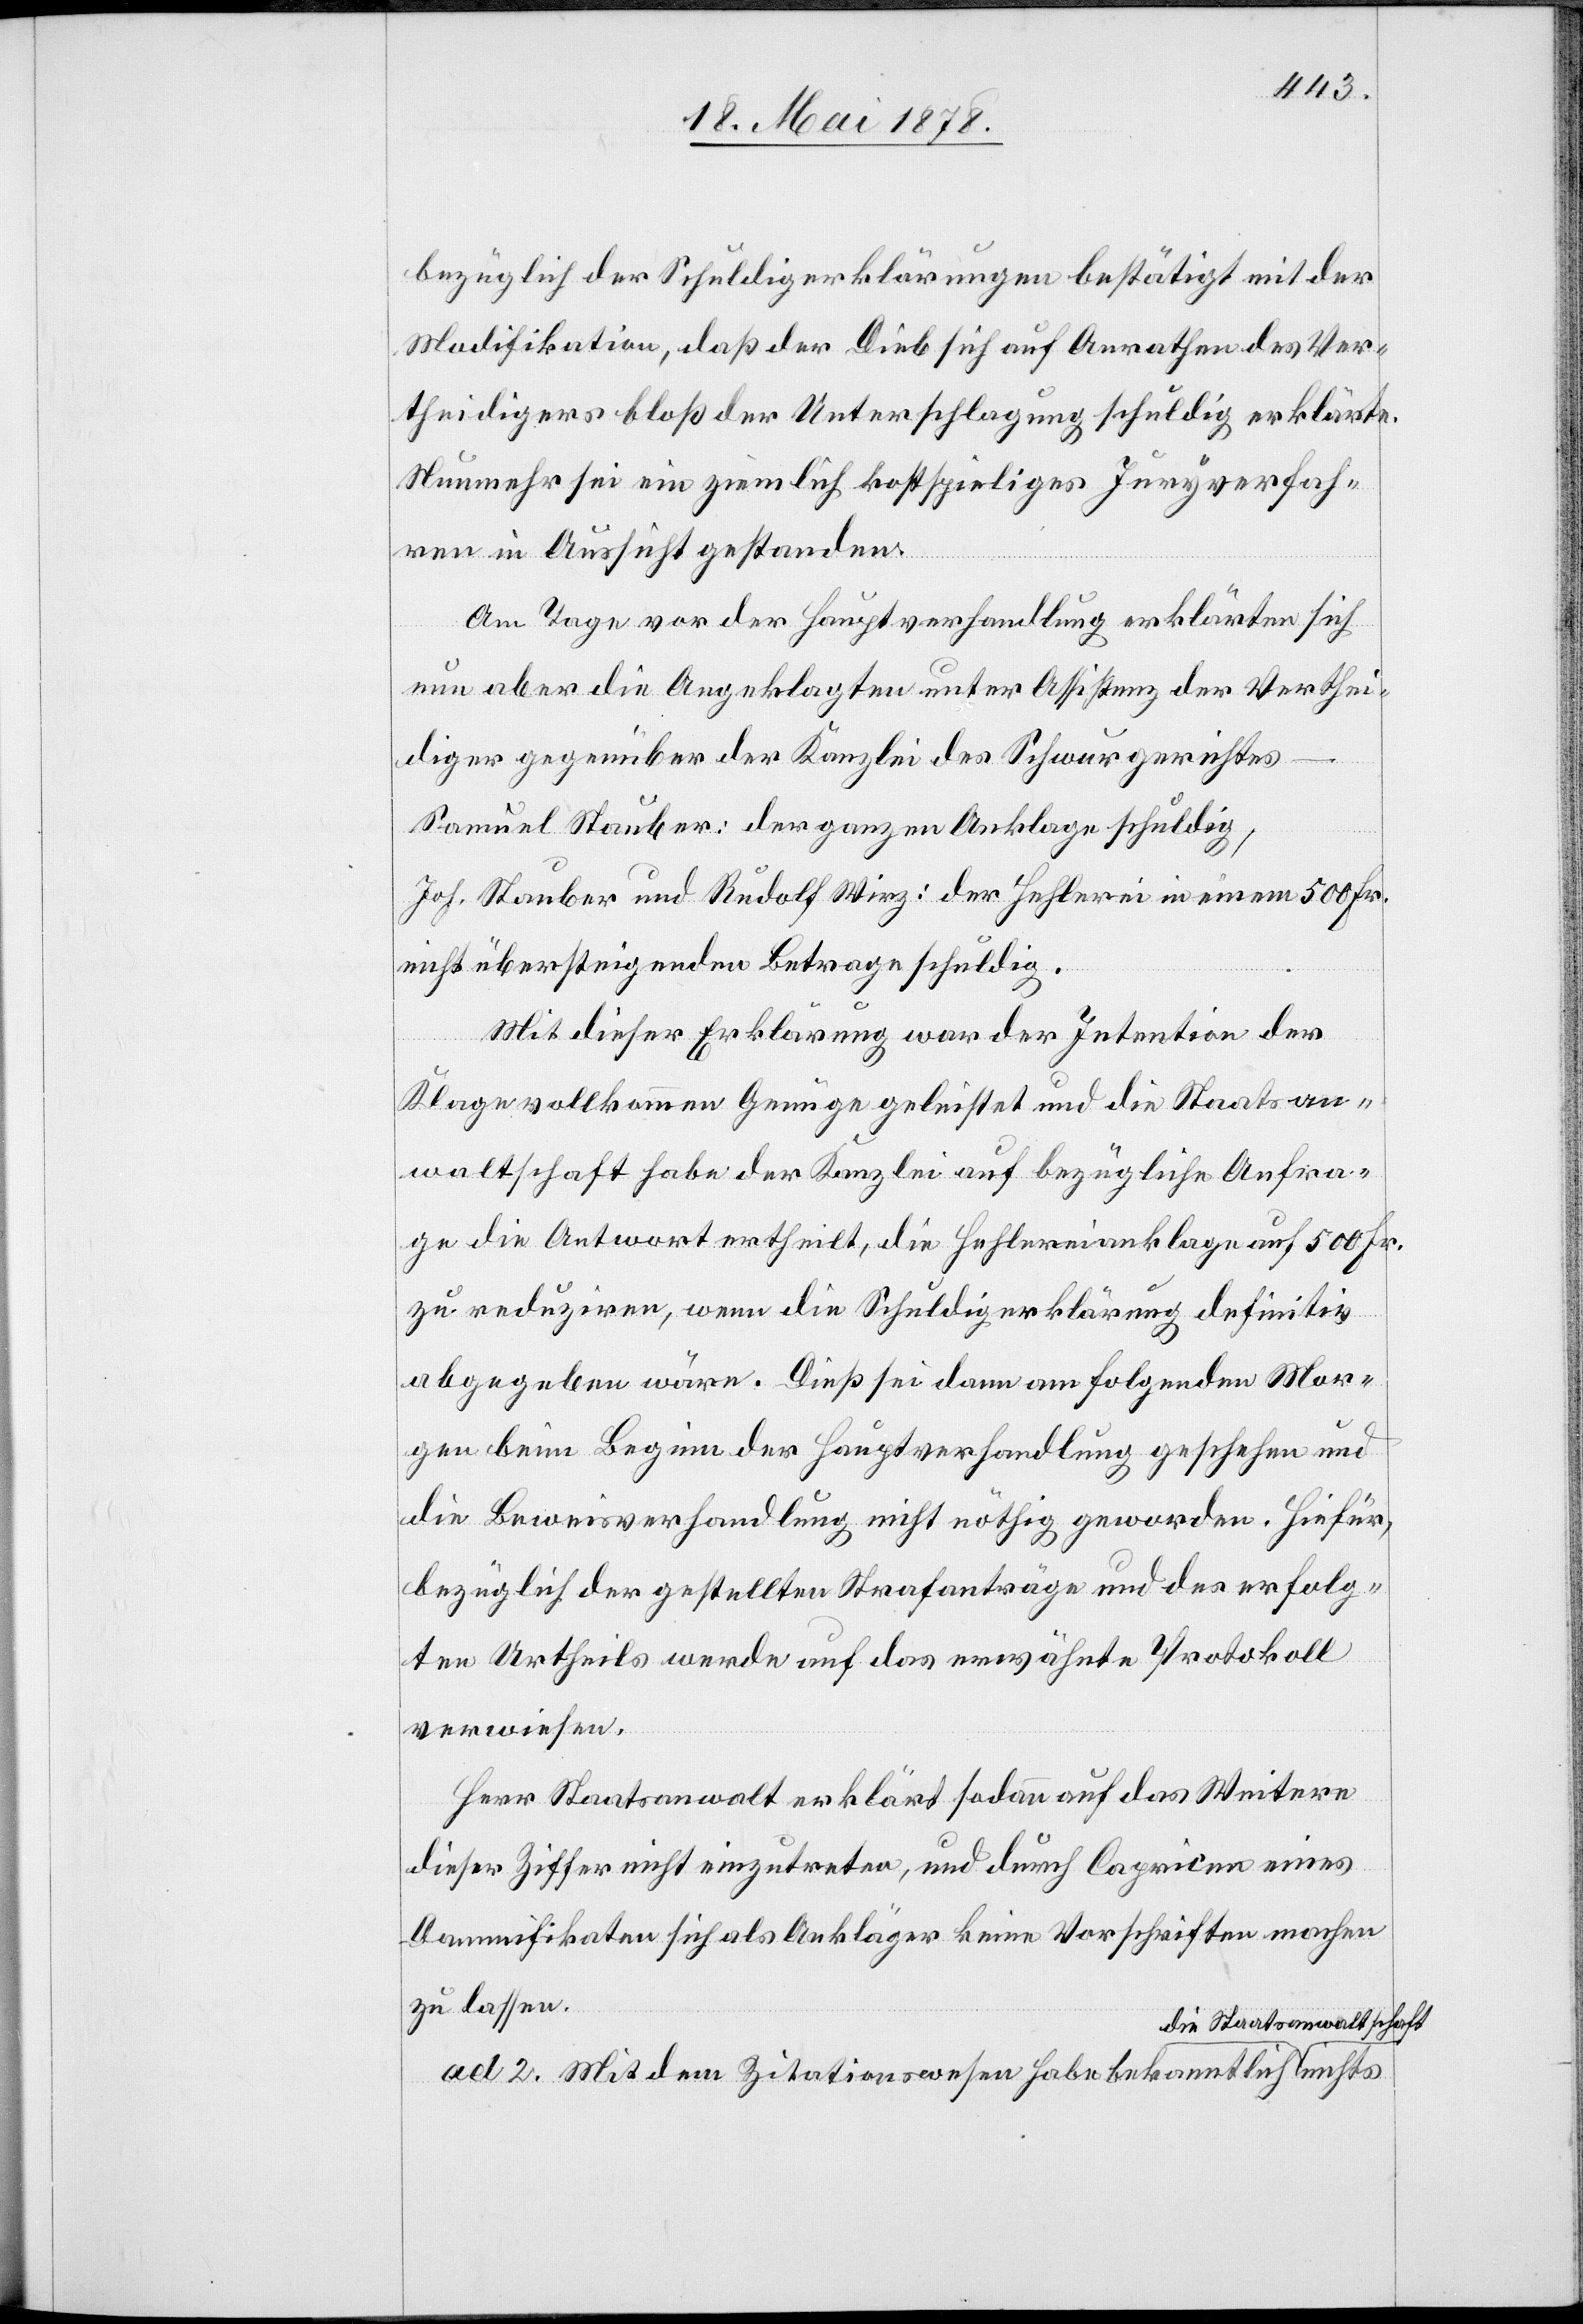
bezüglich der Schuldigerklärungen bestätigt mit der
Modifikation, daß der Dieb sich auf Anrathen des Ver¬
theidigers bloß der Unterschlagung schuldig erklärte.
Nunmehr sei ein ziemlich kostspieliges Juryverfah¬
ren in Aussicht gestanden.
Am Tage vor der Hauptverhandlung erklärten sich
nun aber die Angeklagten unter Assistenz der Verthei¬
diger gegenüber der Kanzlei des Schwurgerichtes
Samuel Stauber: der ganzen Anklage schuldig,
Joh. Stauber und Rudolf Wirz: der Hehlerei in einem 500 Fr.
nicht übersteigenden Betrage schuldig.
Mit dieser Erklärung war der Intention der
Klage vollkommen Genüge geleistet und die Staatsan¬
waltschaft habe der Kanzlei auf bezügliche Anfra¬
ge die Antwort ertheilt, die Hehlereianklage auf 500 Fr.
zu reduziren, wenn die Schuldigerklärung definitiv
abgegeben wäre. Dieß sei dann am folgenden Mor¬
gen beim Beginn der Hauptverhandlung geschehen und
die Beweisverhandlung nicht nöthig geworden. Hiefür,
bezüglich der gestellten Strafanträge und des erfolg¬
ten Urtheils werde auf das erwähnte Protokoll
verwiesen.
Herr Staatsanwalt erklärt sodann auf das Weitere
dieser Ziffer nicht einzutreten, und durch Capricen eines
Damnifikaten sich als Ankläger keine Vorschriften machen
zu lassen.
die Staatsanwaltschaft
ad. 2. Mit dem Zitationswesen habe bekanntlich